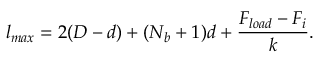
l _ { m a x } = 2 ( D - d ) + ( N _ { b } + 1 ) d + \frac { F _ { l o a d } - F _ { i } } { k } .